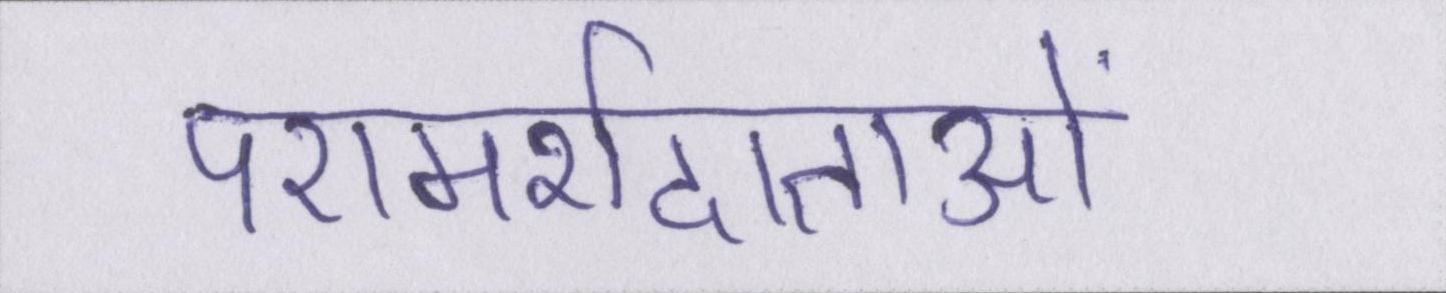
परामर्शदाताओं